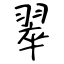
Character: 翠